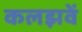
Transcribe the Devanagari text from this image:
कलझवें